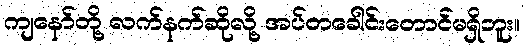
ကျနော်တို့ လက်နက်ဆိုလို့ အပ်တခေါင်းတောင်မရှိဘူး။